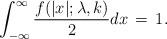
LaTeX: \begin{align*} \int_{-\infty}^{\infty} \frac{f(|x|; \lambda, k)}{2}dx \,=\, 1. \end{align*}